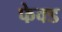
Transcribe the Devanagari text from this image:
फेक्ड